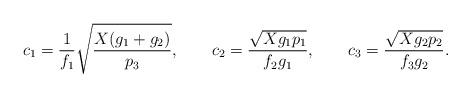
LaTeX: \begin{align*}c_1=\frac{1}{f_1}\sqrt{\frac{X(g_1+g_2)}{p_3}},\qquad c_2=\frac{\sqrt{Xg_1p_1}}{f_2 g_1}, \qquad c_3=\frac{\sqrt{Xg_2p_2}}{f_3g_2}.\end{align*}